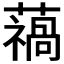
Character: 𮒓